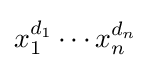
x_{1}^{d_{1}}\cdots x_{n}^{d_{n}}